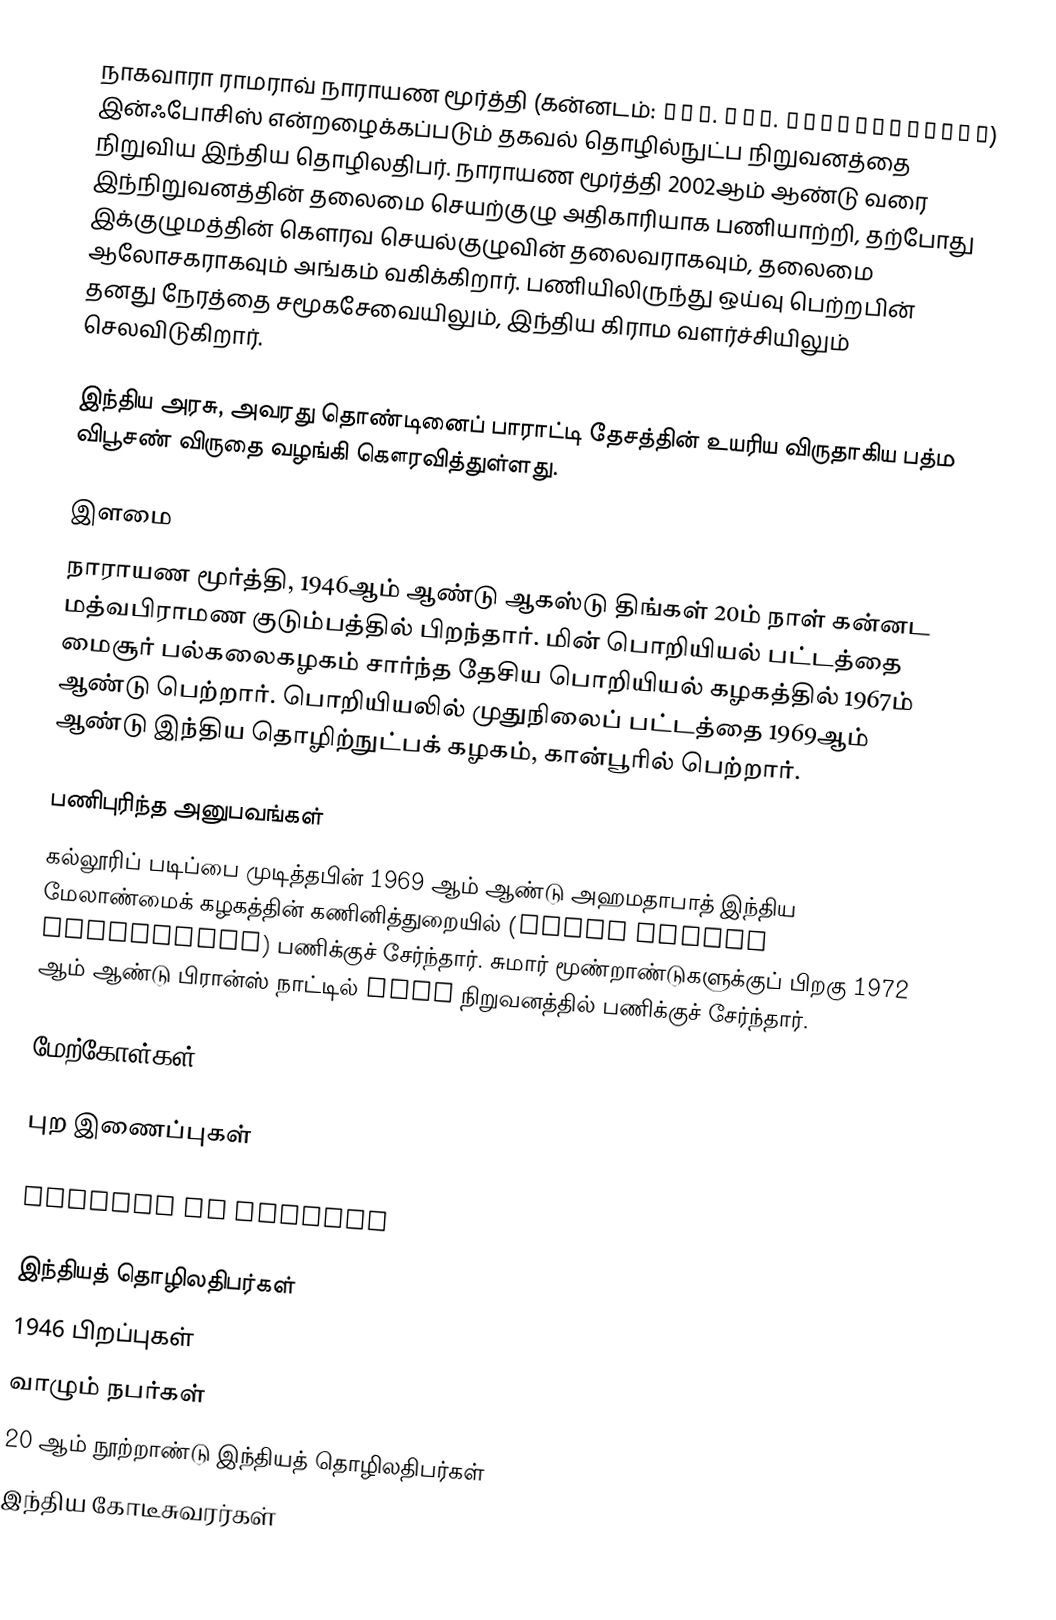
நாகவாரா ராமராவ் நாராயண மூர்த்தி (கன்னடம்: ಎನ್. ಆರ್. ನಾರಾಯಣಮೂರ್ತಿ) இன்ஃபோசிஸ் என்றழைக்கப்படும் தகவல் தொழில்நுட்ப நிறுவனத்தை நிறுவிய  இந்திய தொழிலதிபர். நாராயண மூர்த்தி  2002ஆம் ஆண்டு வரை இந்நிறுவனத்தின் தலைமை செயற்குழு அதிகாரியாக பணியாற்றி, தற்போது இக்குழுமத்தின் கௌரவ செயல்குழுவின் தலைவராகவும், தலைமை ஆலோசகராகவும் அங்கம் வகிக்கிறார். பணியிலிருந்து ஒய்வு பெற்றபின் தனது நேரத்தை சமூகசேவையிலும், இந்திய கிராம வளர்ச்சியிலும் செலவிடுகிறார்.

இந்திய அரசு, அவரது தொண்டினைப் பாராட்டி தேசத்தின் உயரிய விருதாகிய பத்ம விபூசண் விருதை வழங்கி கௌரவித்துள்ளது.

இளமை
நாராயண மூர்த்தி, 1946ஆம் ஆண்டு ஆகஸ்டு திங்கள் 20ம் நாள் கன்னட மத்வபிராமண குடும்பத்தில் பிறந்தார். மின் பொறியியல் பட்டத்தை  மைசூர் பல்கலைகழகம் சார்ந்த தேசிய பொறியியல் கழகத்தில் 1967ம் ஆண்டு பெற்றார். பொறியியலில் முதுநிலைப் பட்டத்தை 1969ஆம் ஆண்டு இந்திய தொழிற்நுட்பக் கழகம், கான்பூரில் பெற்றார்.

பணிபுரிந்த அனுபவங்கள்
கல்லூரிப் படிப்பை முடித்தபின் 1969 ஆம் ஆண்டு அஹமதாபாத் இந்திய மேலாண்மைக் கழகத்தின் கணினித்துறையில் (Chief System Programmer) பணிக்குச் சேர்ந்தார். சுமார் மூண்றாண்டுகளுக்குப் பிறகு 1972 ஆம் ஆண்டு பிரான்ஸ் நாட்டில் SESA நிறுவனத்தில் பணிக்குச் சேர்ந்தார்.

மேற்கோள்கள்

புற இணைப்புகள்

 Profile at Infosys

இந்தியத் தொழிலதிபர்கள்
1946 பிறப்புகள்
வாழும் நபர்கள்
20 ஆம் நூற்றாண்டு இந்தியத் தொழிலதிபர்கள்
இந்திய கோடீசுவரர்கள்